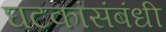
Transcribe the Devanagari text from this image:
घटकांसंबंधी